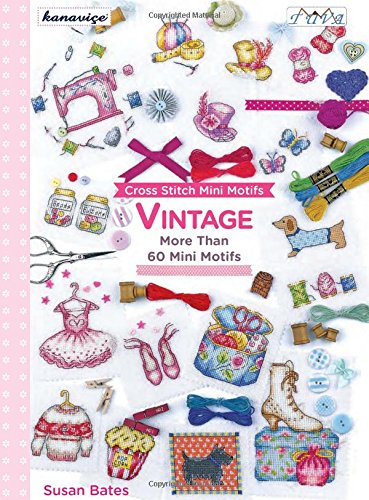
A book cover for Cross Stitch Mini Motifs: Vintage; Susan Bates; Crafts, Hobbies & Home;